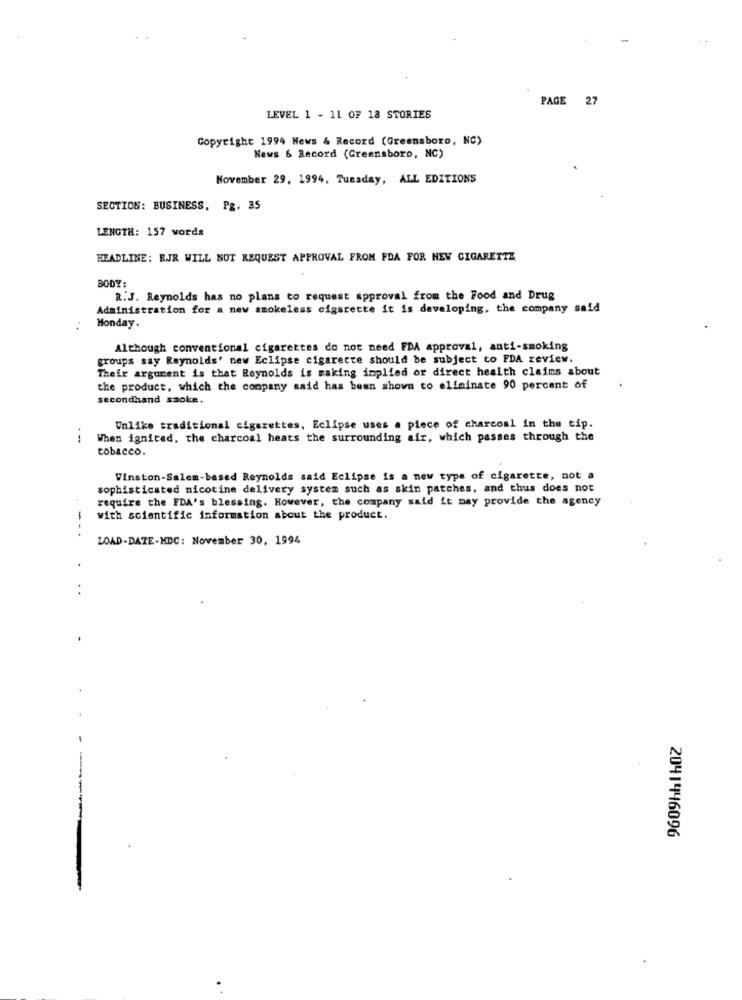
PAGE 27
LEVEL 1 - 11 OF 18 STORIES
Copyright 1994 News & Record (Greensboro, NC)
News & Record (Greensboro, NC)
November 29, 1994, Tuesday, ALL EDITIONS
SECTION: BUSINESS, Pg. 35
LENGTH: 157 words
HEADLINE: RJR WILL NOT REQUEST APPROVAL FROM FDA FOR NEW CIGARETTE
BODY:
R.J. Reynolds has no plans to request approval from the Food and Drug
Administration for a new smokeless cigarette it is developing, the company said
..
Monday.
Although conventional cigarettes do not need FDA approval, anti-smoking
groups say Reynolds' new Eclipse cigarette should be subject to FDA review.
Their argument is that Reynolds is making implied or direct health claims about
the product, which the company said has been shown to eliminate 90 percent of
secondhand smoke.
Unlike traditional cigarettes, Eclipse uses a piece of charcoal in the tip.
- -.
When ignited, the charcoal heats the surrounding air, which passes through the
tobacco.
Winston-Salem-based Reynolds said Eclipse is a new type of cigarette, not a
sophisticated nicotine delivery system such as skin patches, and thus does not
require the FDA's blessing. However, the company said it may provide the agency
with scientific information about the product.
. .
LOAD-DAZE-HDC: November 30, 1994
-
20414446096